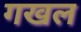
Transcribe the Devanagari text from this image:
गखल